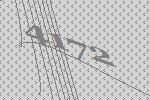
4172